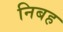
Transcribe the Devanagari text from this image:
निबह